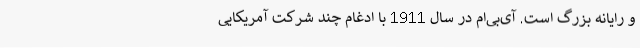
و رایانه بزرگ است. آی‌بی‌ام در سال 1911 با ادغام چند شرکت آمریکایی